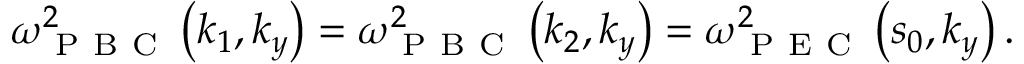
\begin{array} { r } { \omega _ { \mathrm { ~ P ~ B ~ C ~ } } ^ { 2 } \left( k _ { 1 } , k _ { y } \right) = \omega _ { \mathrm { ~ P ~ B ~ C ~ } } ^ { 2 } \left( k _ { 2 } , k _ { y } \right) = \omega _ { \mathrm { ~ P ~ E ~ C ~ } } ^ { 2 } \left( s _ { 0 } , k _ { y } \right) . } \end{array}